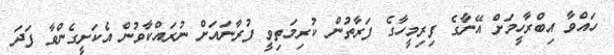
ހައްވާ އިބްރާހީމަށް އޭނާގެ ފިރިމީހާގެ ފަރާތުން ކުރިމަތިވީ ފުރާނައަށް ނުރައްކާވުން އެކަށީގެންވާ ފަދަ